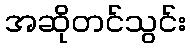
အဆိုတင်သွင်း